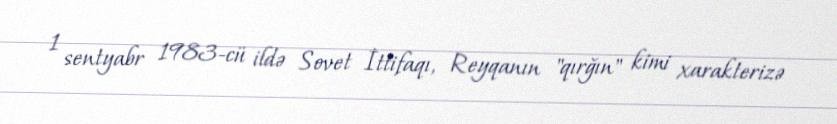
1 sentyabr 1983-cü ildə Sovet İttifaqı, Reyqanın "qırğın" kimi xarakterizə